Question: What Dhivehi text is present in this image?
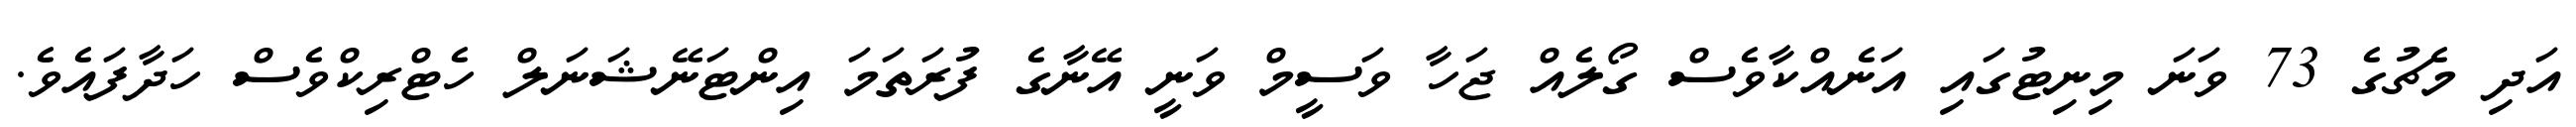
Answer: އަދި މެޗުގެ 73 ވަނަ މިނިޓުގައި އަނެއްކާވެސް ގޯލެއް ޖަހާ ވަސީމް ވަނީ އޭނާގެ ފުރަތަމަ އިންޓަނޭޝަނަލް ހެޓްރިކްވެސް ހަދާފައެވެ.